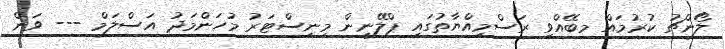
ލޯންޗު ކުރުމައް މބޭއްވި ރަސްމިއްޔާތުގައި ޕްލޭނިން މިނިސްޓަރު މުހަންމަދު އަސްލަމް --- ވަން